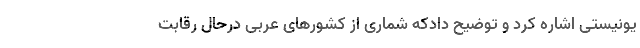
یونیستی اشاره کرد و توضیح دادکه شماری از کشورهای عربی درحال رقابت